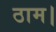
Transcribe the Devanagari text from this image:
ठाम।